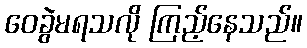
ဝေခွဲမရသလို ကြည့်နေသည်။